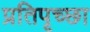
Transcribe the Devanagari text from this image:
प्रतिपृच्छा